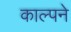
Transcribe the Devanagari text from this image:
काल्पने